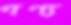
গণ্য